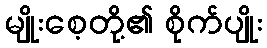
မျိုးစေ့တို့၏ စိုက်ပျိုး